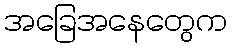
အခြေအနေတွေက